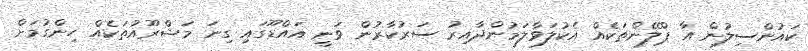
ކައުންސިލުން އާ ޕްލޭންތަކެއް އެކުލަވާލަމުންދާއިރު ސަރުކާރުން ވަނީ އައްޑޫގައި ގިނަ މަޝްރޫއުތަކެއް ހިންގުމަށް